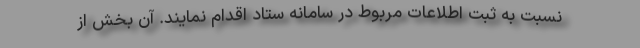
نسبت به ثبت اطلاعات مربوط در سامانه ستاد اقدام نمایند. آن بخش از